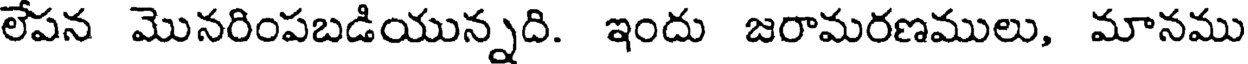
లేపన మొనరింపబడియున్నది. ఇందు జరామరణములు, మానము